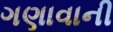
ગણાવાની